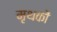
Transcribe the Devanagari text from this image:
मृथकों